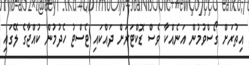
އިތުރަށް ގޯސްވުމުން އަނެއްކާ ވެސް ޑޮކްޓަރަށް ދައްކައި ޓެސްޓު ހެދުމުން ކުއްޖާގެ ލޭގައި